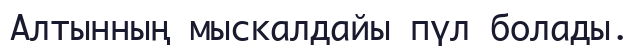
Алтынның мыскалдайы пүл болады.